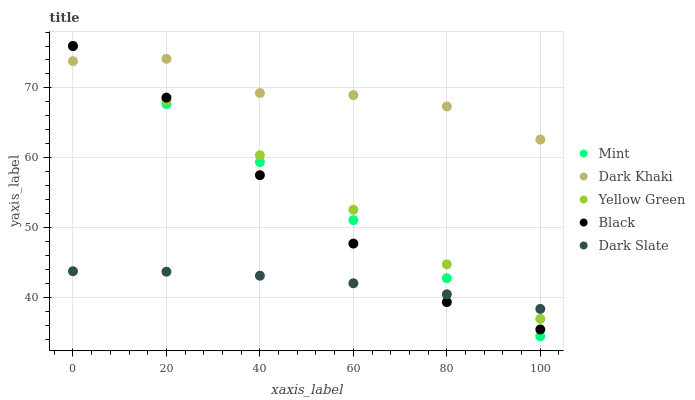
| xaxis_label | Mint | Dark Khaki | Yellow Green | Black | Dark Slate |
 | --- | --- | --- | --- | --- | --- |
 | 0 | 76 | 73.8 | 76 | 76 | 43.7 |
 | 20 | 67.7 | 74.2 | 68.2 | 68.6 | 43.7 |
 | 40 | 59.4 | 69.3 | 60.4 | 57.5 | 43.1 |
 | 60 | 51.1 | 69 | 52.6 | 47.7 | 42 |
 | 80 | 42.7 | 67.3 | 44.7 | 39.3 | 40.4 |
 | 100 | 34.4 | 62.6 | 36.9 | 35.4 | 38.3 |